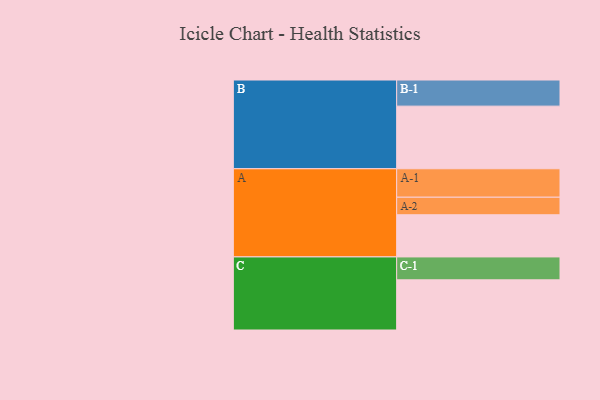
{"axis": {"x": "Segment", "y": "Value"}, "legend": ["", "A", "B", "C"], "data": [{"x": "A", "y": 363, "type": ""}, {"x": "B", "y": 539, "type": ""}, {"x": "C", "y": 432, "type": ""}, {"x": "A-1", "y": 245, "type": "A"}, {"x": "A-2", "y": 151, "type": "A"}, {"x": "B-1", "y": 225, "type": "B"}, {"x": "C-1", "y": 197, "type": "C"}]}